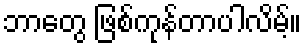
ဘာတွေ ဖြစ်ကုန်တာပါလိမ့်။